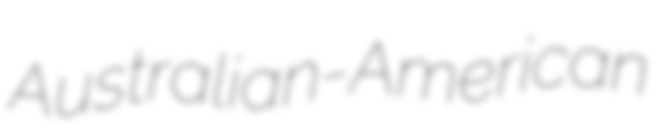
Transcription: Australian-American